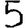
Digit: 5